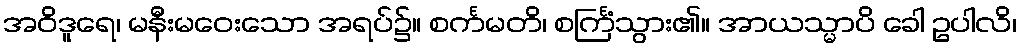
အဝိဒူရေ၊ မနီးမဝေးသော အရပ်၌။ စင်္ကမတိ၊ စင်္ကြံသွား၏။ အာယသ္မာပိ ခေါ ဥပါလိ၊